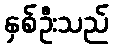
နှစ်ဦးသည်